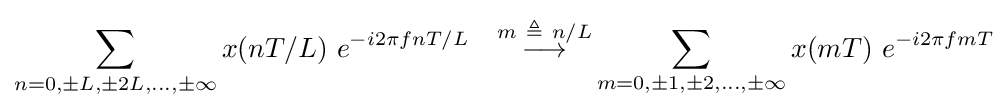
\sum _{n=0,\pm L,\pm 2L,...,\pm \infty }{}x(nT/L)\ e^{-i2\pi fnT/L}\quad {\stackrel {m\ \triangleq \ n/L}{\longrightarrow }}\sum _{m=0,\pm 1,\pm 2,...,\pm \infty }{}x(mT)\ e^{-i2\pi fmT}